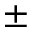
\pm